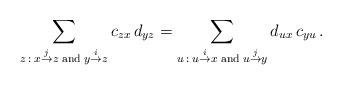
LaTeX: \begin{align*}\sum_{z\::\:x\stackrel{j}{\rightarrow}z\;{\rm and}\;y\stackrel{i}{\rightarrow}z}c_{zx}\,d_{yz}=\sum_{u\::\:u\stackrel{i}{\rightarrow}x\;{\rm and}\;u\stackrel{j}{\rightarrow}y}d_{ux}\,c_{yu}\,.\end{align*}